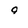
Character: 9